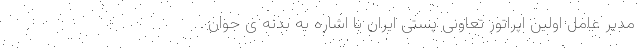
مدیر عامل اولین اپراتور تعاونی پستی ایران با اشاره به بدنه ی جوان